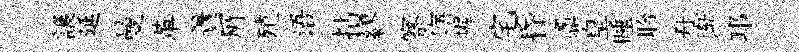
譲延曼革簀𠩄殖语拈繆察寤幄宅昏鼒皇睡聆舟渐邛